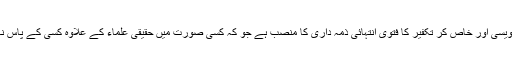
حالانکہ فتویٰ نویسی اور خاص کر تکفیر کا فتویٰ انتہائی ذمہ داری کا منصب ہے جو کہ کسی صورت میں حقیقی علماء کے علاوہ کسی کے پاس نہیں ہونا چاہئے۔